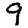
Digit: 9